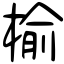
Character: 榆